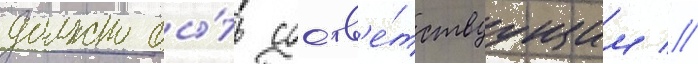
должно бы́ть соотв'е́тствуущим //